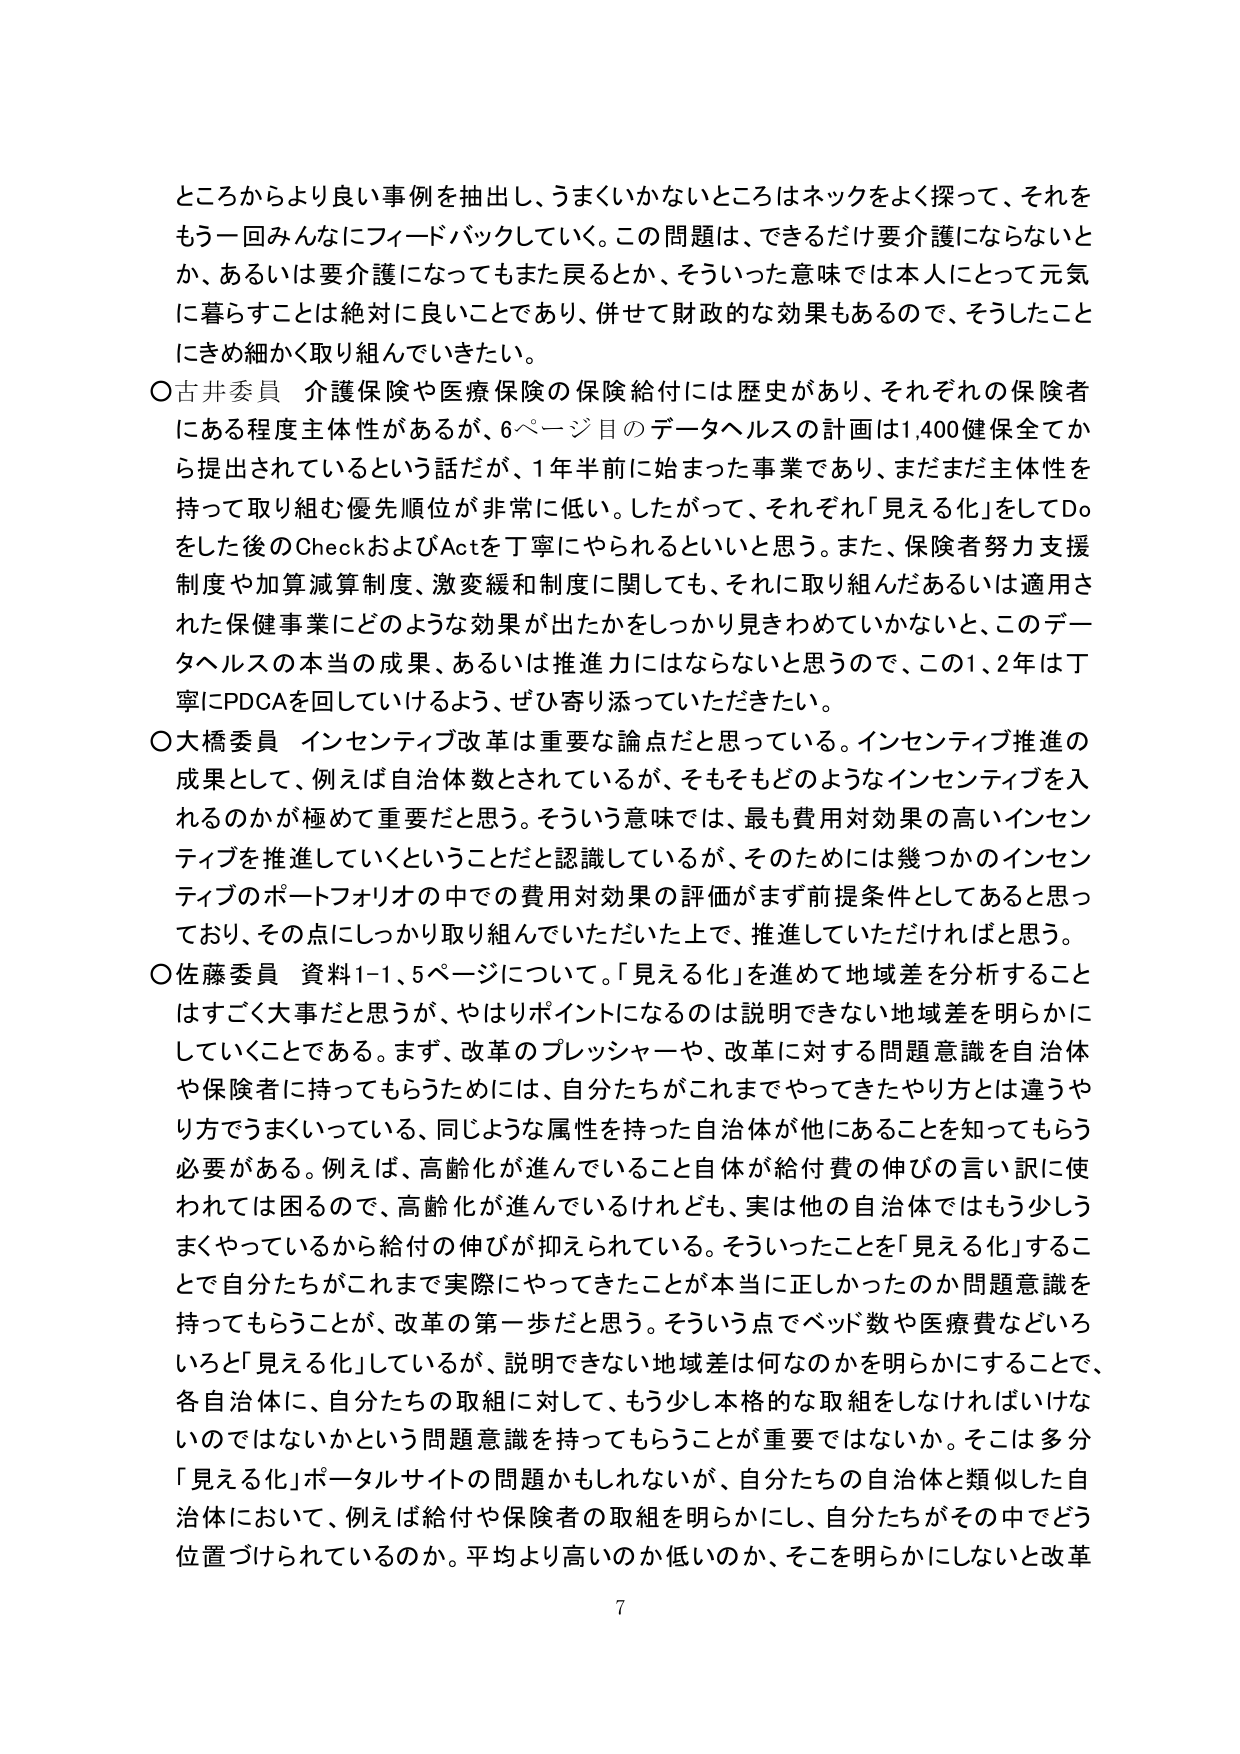
ところからより良い事例を抽出し、うまくいかないところはネックをよく探って、それをもう一回みんなにフィードバックしていく。この問題は、できるだけ要介護にならないとか、あるいは要介護になってもまた戻るとか、そういった意味では本人にとって元気に暮らすことは絶対に良いことであり、併せて財政的な効果もあるので、そうしたことにきめ細かく取り組んでいきたい。

○古井委員 介護保険や医療保険の保険給付には歴史があり、それぞれの保険者にある程度主体性があるが、6ページ目のデータヘルスの計画は1,400健保全てから提出されているという話だが、1年半前に始まった事業であり、まだまだ主体性を持って取り組む優先順位が非常に低い。したがって、それぞれ「見える化」をしてDoをした後のCheckおよびActを丁寧にやられるといいと思う。また、保険者努力支援制度や加算減算制度、激変緩和制度に関しても、それに取り組んだあるいは適用された保健事業にどのような効果が出たかをしっかり見きわめていかないと、このデータヘルスの本当の成果、あるいは推進力にはならないと思うので、この1、2年は丁寧にPDCAを回していけるよう、ぜひ寄り添っていただきたい。

○大橋委員 インセンティブ改革は重要な論点だと思っている。インセンティブ推進の成果として、例えば自治体数とされているが、そもそもどのようなインセンティブを入れるのかが極めて重要だと思う。そういう意味では、最も費用対効果の高いインセンティブを推進していくということだと認識しているが、そのためには幾つかのインセンティブのポートフォリオの中での費用対効果の評価がまず前提条件としてあると思っており、その点にしっかり取り組んでいただいた上で、推進していただければと思う。

○佐藤委員 資料1-1、5ページについて。「見える化」を進めて地域差を分析することはすごく大事だと思うが、やはりポイントになるのは説明できない地域差を明らかにしていくことである。まず、改革のプレッシャーや、改革に対する問題意識を自治体や保険者に持ってもらうためには、自分たちがこれまでやってきたやり方とは違うやり方でうまくいっている、同じような属性を持った自治体が他にあることを知ってもらう必要がある。例えば、高齢化が進んでいること自体が給付費の伸びの言い訳に使われては困るので、高齢化が進んでいるけれども、実は他の自治体ではもう少しうまくやっているから給付の伸びが抑えられている。そういったことを「見える化」することで自分たちがこれまで実際にやってきたことが本当に正しかったのか問題意識を持ってもらうことが、改革の第一歩だと思う。そういう点でベッド数や医療費などいろいろと「見える化」しているが、説明できない地域差は何なのかを明らかにすることで、各自治体に、自分たちの取組に対して、もう少し本格的な取組をしなければいけないのではないかという問題意識を持ってもらうことが重要ではないか。そこは多分「見える化」ポータルサイトの問題かもしれないが、自分たちの自治体と類似した自治体において、例えば給付や保険者の取組を明らかにし、自分たちがその中でどう位置づけられているのか。平均より高いのか低いのか、そこを明らかにしないと改革

7